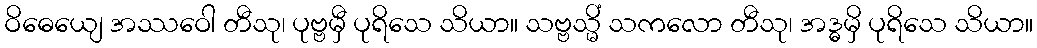
ဝိဓေယျေ အဿဝေါ တီသု၊ ပုဗ္ဗမှီ ပုရိသေ သိယာ။ သဗ္ဗသ္မိံ သကလော တီသု၊ အဒ္ဓမှိ ပုရိသေ သိယာ။